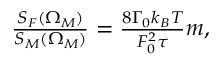
\begin{array} { r } { \frac { S _ { F } ( \Omega _ { M } ) } { S _ { M } ( \Omega _ { M } ) } = \frac { 8 \Gamma _ { 0 } k _ { B } T } { F _ { 0 } ^ { 2 } \tau } m , } \end{array}